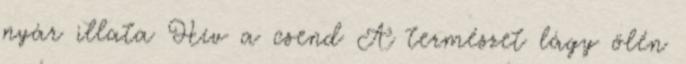
nyár illata Hív a csend A természet lágy ölén